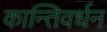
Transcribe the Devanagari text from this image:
कान्तिवर्धन